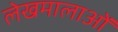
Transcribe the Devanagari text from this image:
लेखमालाओं